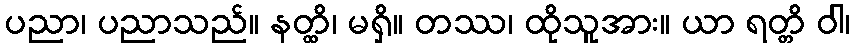
ပညာ၊ ပညာသည်။ နတ္ထိ၊ မရှိ။ တဿ၊ ထိုသူအား။ ယာ ရတ္တိ ဝါ၊